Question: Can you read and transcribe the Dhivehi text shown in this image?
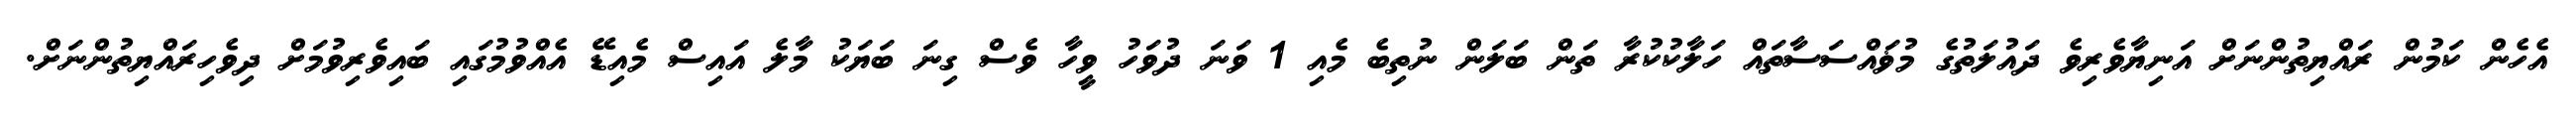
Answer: އެހެން ކަމުން ރައްޔިތުންނަށް އަނިޔާވެރިވެ ދައުލަތުގެ މުޥައްސަސާތައް ހަލާކުކުރާ ތަން ބަލަން ނުތިބެ މެއި 1 ވަނަ ދުވަހު ވީހާ ވެސް ގިނަ ބަޔަކު މާލެ އައިސް މެއިޑޭ އެއްވުމުގައި ބައިވެރިވުމަށް ދިވެހިރައްޔިތުންނަށް.